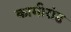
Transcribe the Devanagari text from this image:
कामीरांड